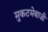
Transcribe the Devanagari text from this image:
मुकटमेबाजी